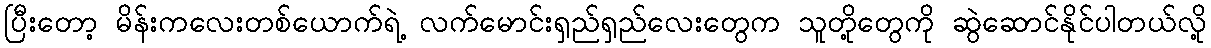
ပြီးတော့ မိန်းကလေးတစ်ယောက်ရဲ့ လက်မောင်းရှည်ရှည်လေးတွေက သူတို့တွေကို ဆွဲဆောင်နိုင်ပါတယ်လို့